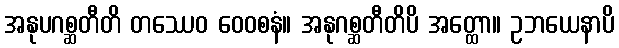
အနုပဂစ္ဆတီတိ တဿေဝ ဝေဝစနံ။ အနုဂစ္ဆတီတိပိ အတ္ထော။ ဥဘယေနာပိ